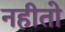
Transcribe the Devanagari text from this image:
नहीतो